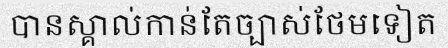
បានស្គាល់កាន់តែច្បាស់ថែមទៀត